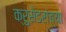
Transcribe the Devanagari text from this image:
क्रुसेडरांच्या